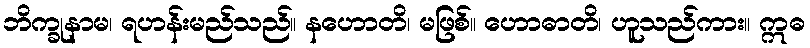
ဘိက္ခုနာမ၊ ရဟန်းမည်သည်။ နဟောတိ၊ မဖြစ်။ ဟောဓာတိ၊ ဟူသည်ကား။ ဣဓ